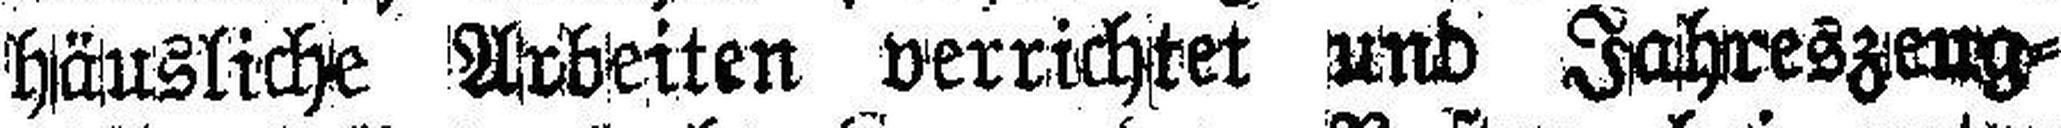
häusliche Arbeiten verrichtet und Jahreszeng¬